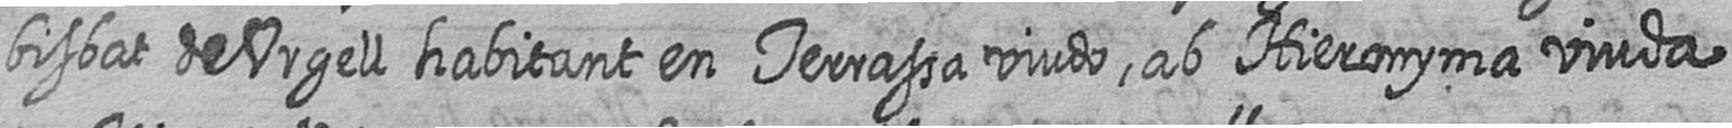
bisbat de Urgell habitant en terrassa viudo ab Hieronyma viuda